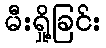
မီးရှို့ခြင်း